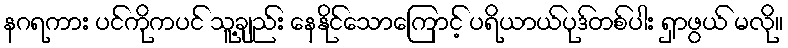
နဂရကား ပင်ကိုကပင် သူ့ချည်း နေနိုင်သောကြောင့် ပရိယာယ်ပုဒ်တစ်ပါး ရှာဖွယ် မလို။